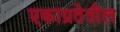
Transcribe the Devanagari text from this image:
एकाग्रतेतील